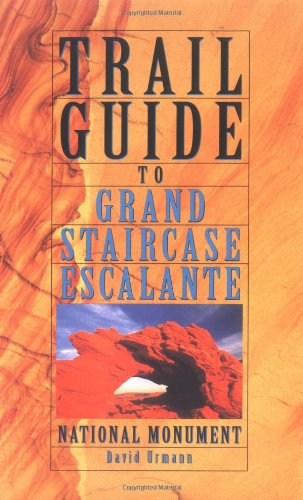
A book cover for Trail Guide to Grand Staircase-Escalante National Monument; David Urmann; Travel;